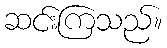
ဆင်းကြသည်။